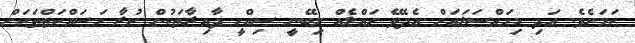
ކަަމަށެވެ. އަދި މިމައްސަލައަށް އެދެވޭ ހައްލެއް ލިބޭނީ ސިއްހީ ދާއިރާތަކުން ކުރާ މަސައްކަތްތަކަށް